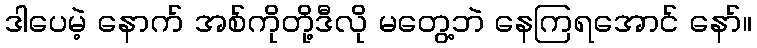
ဒါပေမဲ့ နောက် အစ်ကိုတို့ဒီလို မတွေ့ဘဲ နေကြရအောင် နော်။